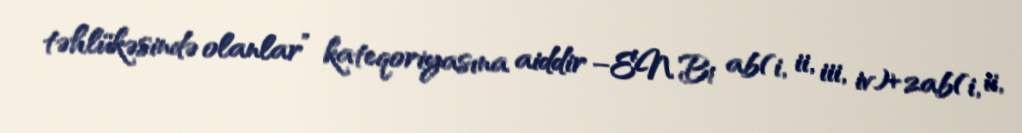
təhlükəsində olanlar” kateqoriyasına aiddir –EN B1 ab(i, ii, iii, iv)+2ab(i, ii,